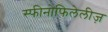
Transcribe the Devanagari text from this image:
स्फीनोफिलेलीज़